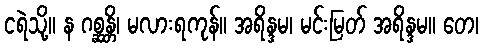
ငရဲသို့။ န ဂစ္ဆန္တိ၊ မလားရကုန်။ အရိန္ဒမ၊ မင်းမြတ် အရိန္ဒမ။ တေ၊